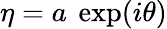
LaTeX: \eta=a{\mathrm{~}}\exp(i\theta)